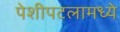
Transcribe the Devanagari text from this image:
पेशीपटलामध्ये